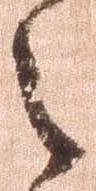
之